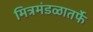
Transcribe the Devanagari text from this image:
मित्रमंडळातर्फे